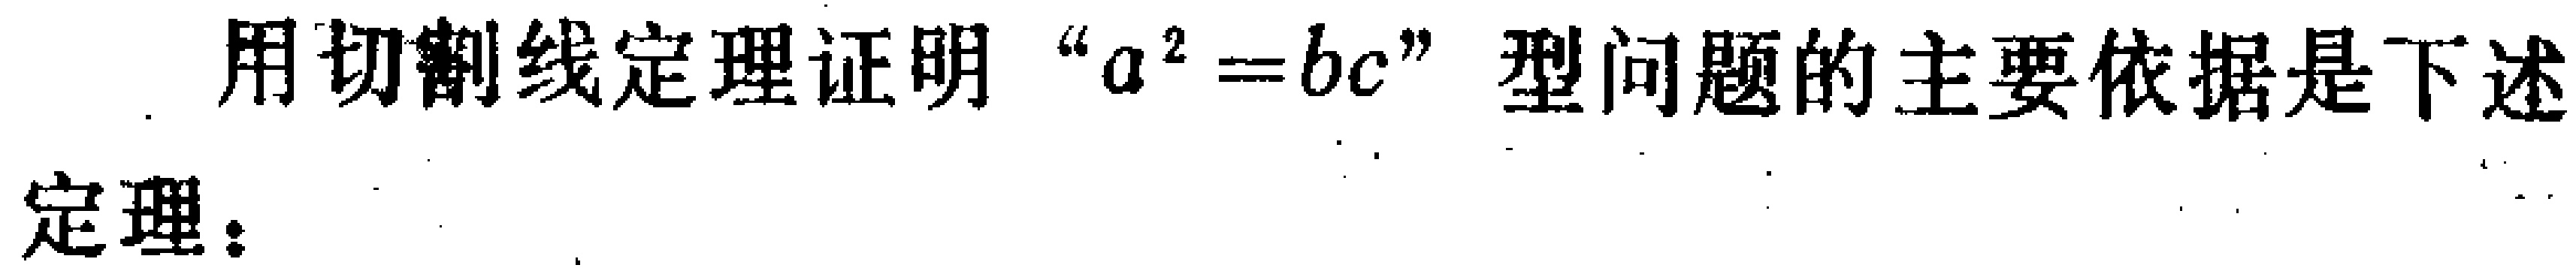
用切割线定理证明“$a^{2}=bc$”型问题的主要依据是下述

定理：